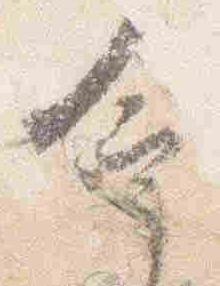
命